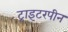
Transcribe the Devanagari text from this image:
ट्राइटरपीन